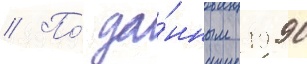
// По́ да́нным 1990